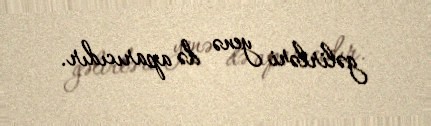
gəlirləri yenə də aparıcıdır.